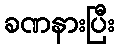
ခဏနားပြီး